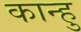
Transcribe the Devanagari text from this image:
कान्हु